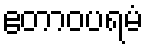
ဧတာဝပရမံ